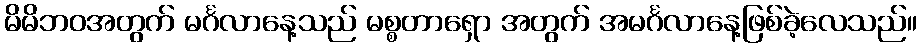
မိမိဘဝအတွက် မင်္ဂလာနေ့သည် မစ္စတာရှော အတွက် အမင်္ဂလာနေ့ဖြစ်ခဲ့လေသည်။